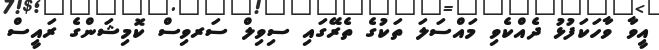
އީވާ ވާހަކަފުޅު ދެއްކެވި މައްސަލަ ތަކުގެ ތެރޭގައި ސިވިލް ސަރވިސް ކޮމިޝަންގެ ރައީސް